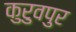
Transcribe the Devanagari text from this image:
कुरुवपुर